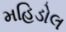
મહિડોલ